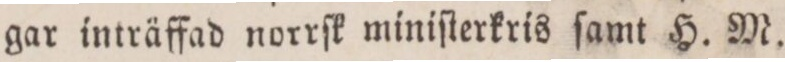
gar inträffad norrſk miniſterkris ſamt H. M.